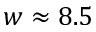
w \approx 8 . 5